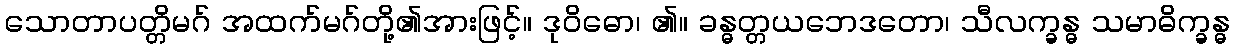
သောတာပတ္တိမဂ် အထက်မဂ်တို့၏အားဖြင့်။ ဒုဝိဓော၊ ၏။ ခန္ဓတ္တယဘေဒတော၊ သီလက္ခန္ဓ သမာဓိက္ခန္ဓ